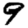
Digit: 9